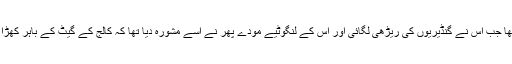
کالج کا لفظ اس نے تب سنا تھا جب اس نے گنڈیریوں کی ریڑھی لگائی اور اس کے لنگوٹیے مُودے پھُر نے اسے مشورہ دیا تھا کہ کالج کے گیٹ کے باہر کھڑا ہواکرے، بِکری زیادہ ہوگی۔